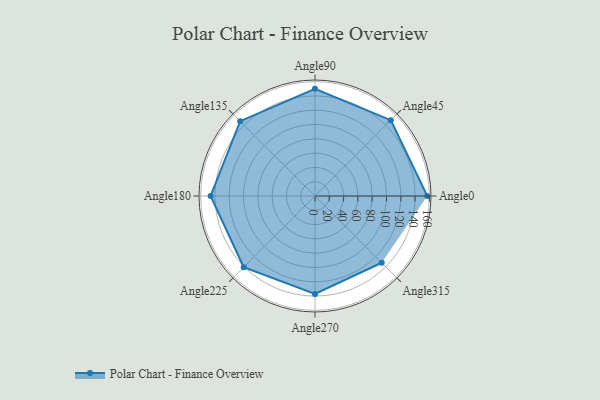
{"axis": {"x": "Angle", "y": "Radius"}, "legend": [""], "data": [{"x": "Angle0", "y": 157.0, "type": ""}, {"x": "Angle45", "y": 150.0, "type": ""}, {"x": "Angle90", "y": 150.0, "type": ""}, {"x": "Angle135", "y": 148.0, "type": ""}, {"x": "Angle180", "y": 146.0, "type": ""}, {"x": "Angle225", "y": 141.0, "type": ""}, {"x": "Angle270", "y": 137.0, "type": ""}, {"x": "Angle315", "y": 132.0, "type": ""}]}